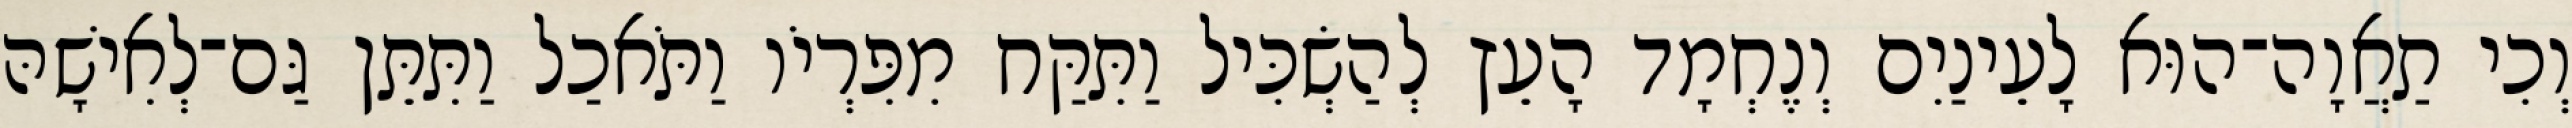
וְכִי תַאֲוָה־הוּא לָעֵינַיִם וְנֶחְמָד הָעֵץ לְהַשְׂכִּיל וַתִּקַּח מִפִּרְיֹו וַתֹּאכַל וַתִּתֵּן גַּם־לְאִישָׁהּ